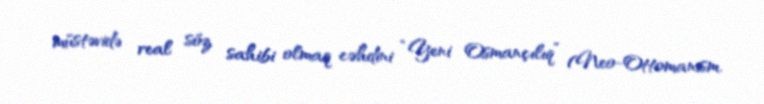
müstəvidə real söz sahibi olmaq cəhdini “Yeni Osmançılıq” (Neo-Ottomanism.